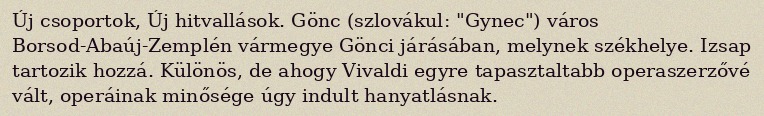
Új csoportok, Új hitvallások. Gönc (szlovákul: "Gynec") város Borsod-Abaúj-Zemplén vármegye Gönci járásában, melynek székhelye. Izsap tartozik hozzá. Különös, de ahogy Vivaldi egyre tapasztaltabb operaszerzővé vált, operáinak minősége úgy indult hanyatlásnak.